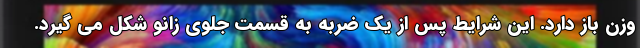
وزن باز دارد. این شرایط پس از یک ضربه به قسمت جلوی زانو شکل می گیرد.